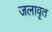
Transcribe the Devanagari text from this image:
जलावृत